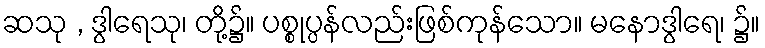
ဆသု , ဒွါရေသု၊ တို့၌။ ပစ္စုပ္ပန်လည်းဖြစ်ကုန်သော။ မနောဒွါရေ၊ ၌။